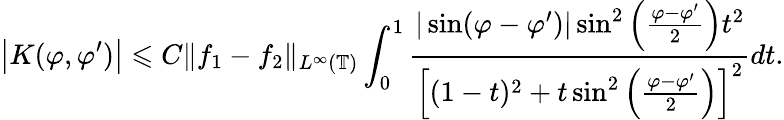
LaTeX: \big|K(\varphi,\varphi^{\prime})\big|\leqslant C\| f_{1}-f_{2}\| _{L^{\infty}(\mathbb{T})}\int_{0}^{1}\frac{|\sin(\varphi-\varphi^{\prime})|\sin^{2}\left(\frac{\varphi-\varphi^{\prime}}{2}\right)t^{2}}{\Big[(1-t)^{2}+t\sin^{2}\left(\frac{\varphi-\varphi^{\prime}}{2}\right)\Big]^{2}}dt.